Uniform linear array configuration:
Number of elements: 12
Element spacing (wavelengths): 0.75
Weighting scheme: hann
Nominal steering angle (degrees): -45
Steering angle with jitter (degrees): -44.718
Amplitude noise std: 0.05
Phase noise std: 0.05

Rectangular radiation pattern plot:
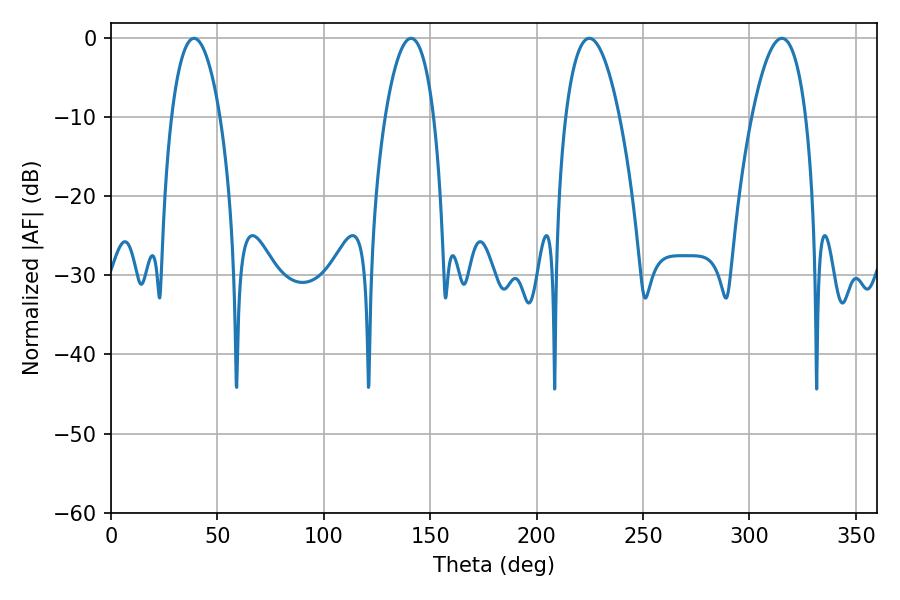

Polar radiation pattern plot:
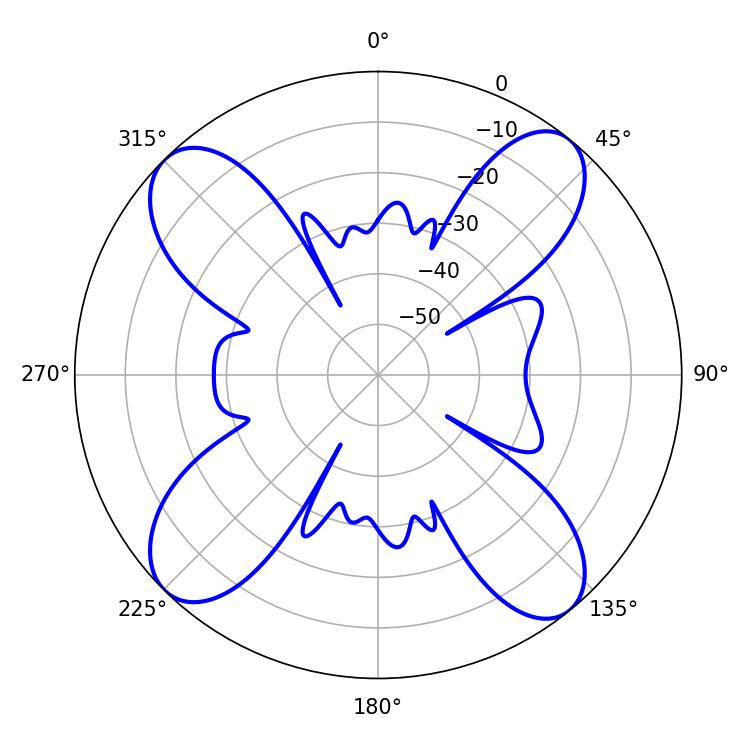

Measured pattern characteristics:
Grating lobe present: TRUE
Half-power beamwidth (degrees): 12.78
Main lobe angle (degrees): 39.06